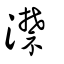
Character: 澿